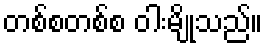
တစ်စတစ်စ ဝါးမျိုသည်။